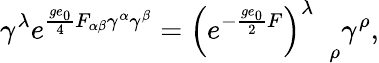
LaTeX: \gamma^{\lambda}e^{\frac{ge_{0}}{4}F_{\alpha\beta}\gamma^{\alpha}\gamma^{\beta}}=\left(e^{-\frac{ge_{0}}{2}F}\right)_{\quad\rho}^{\lambda}\gamma^{\rho},